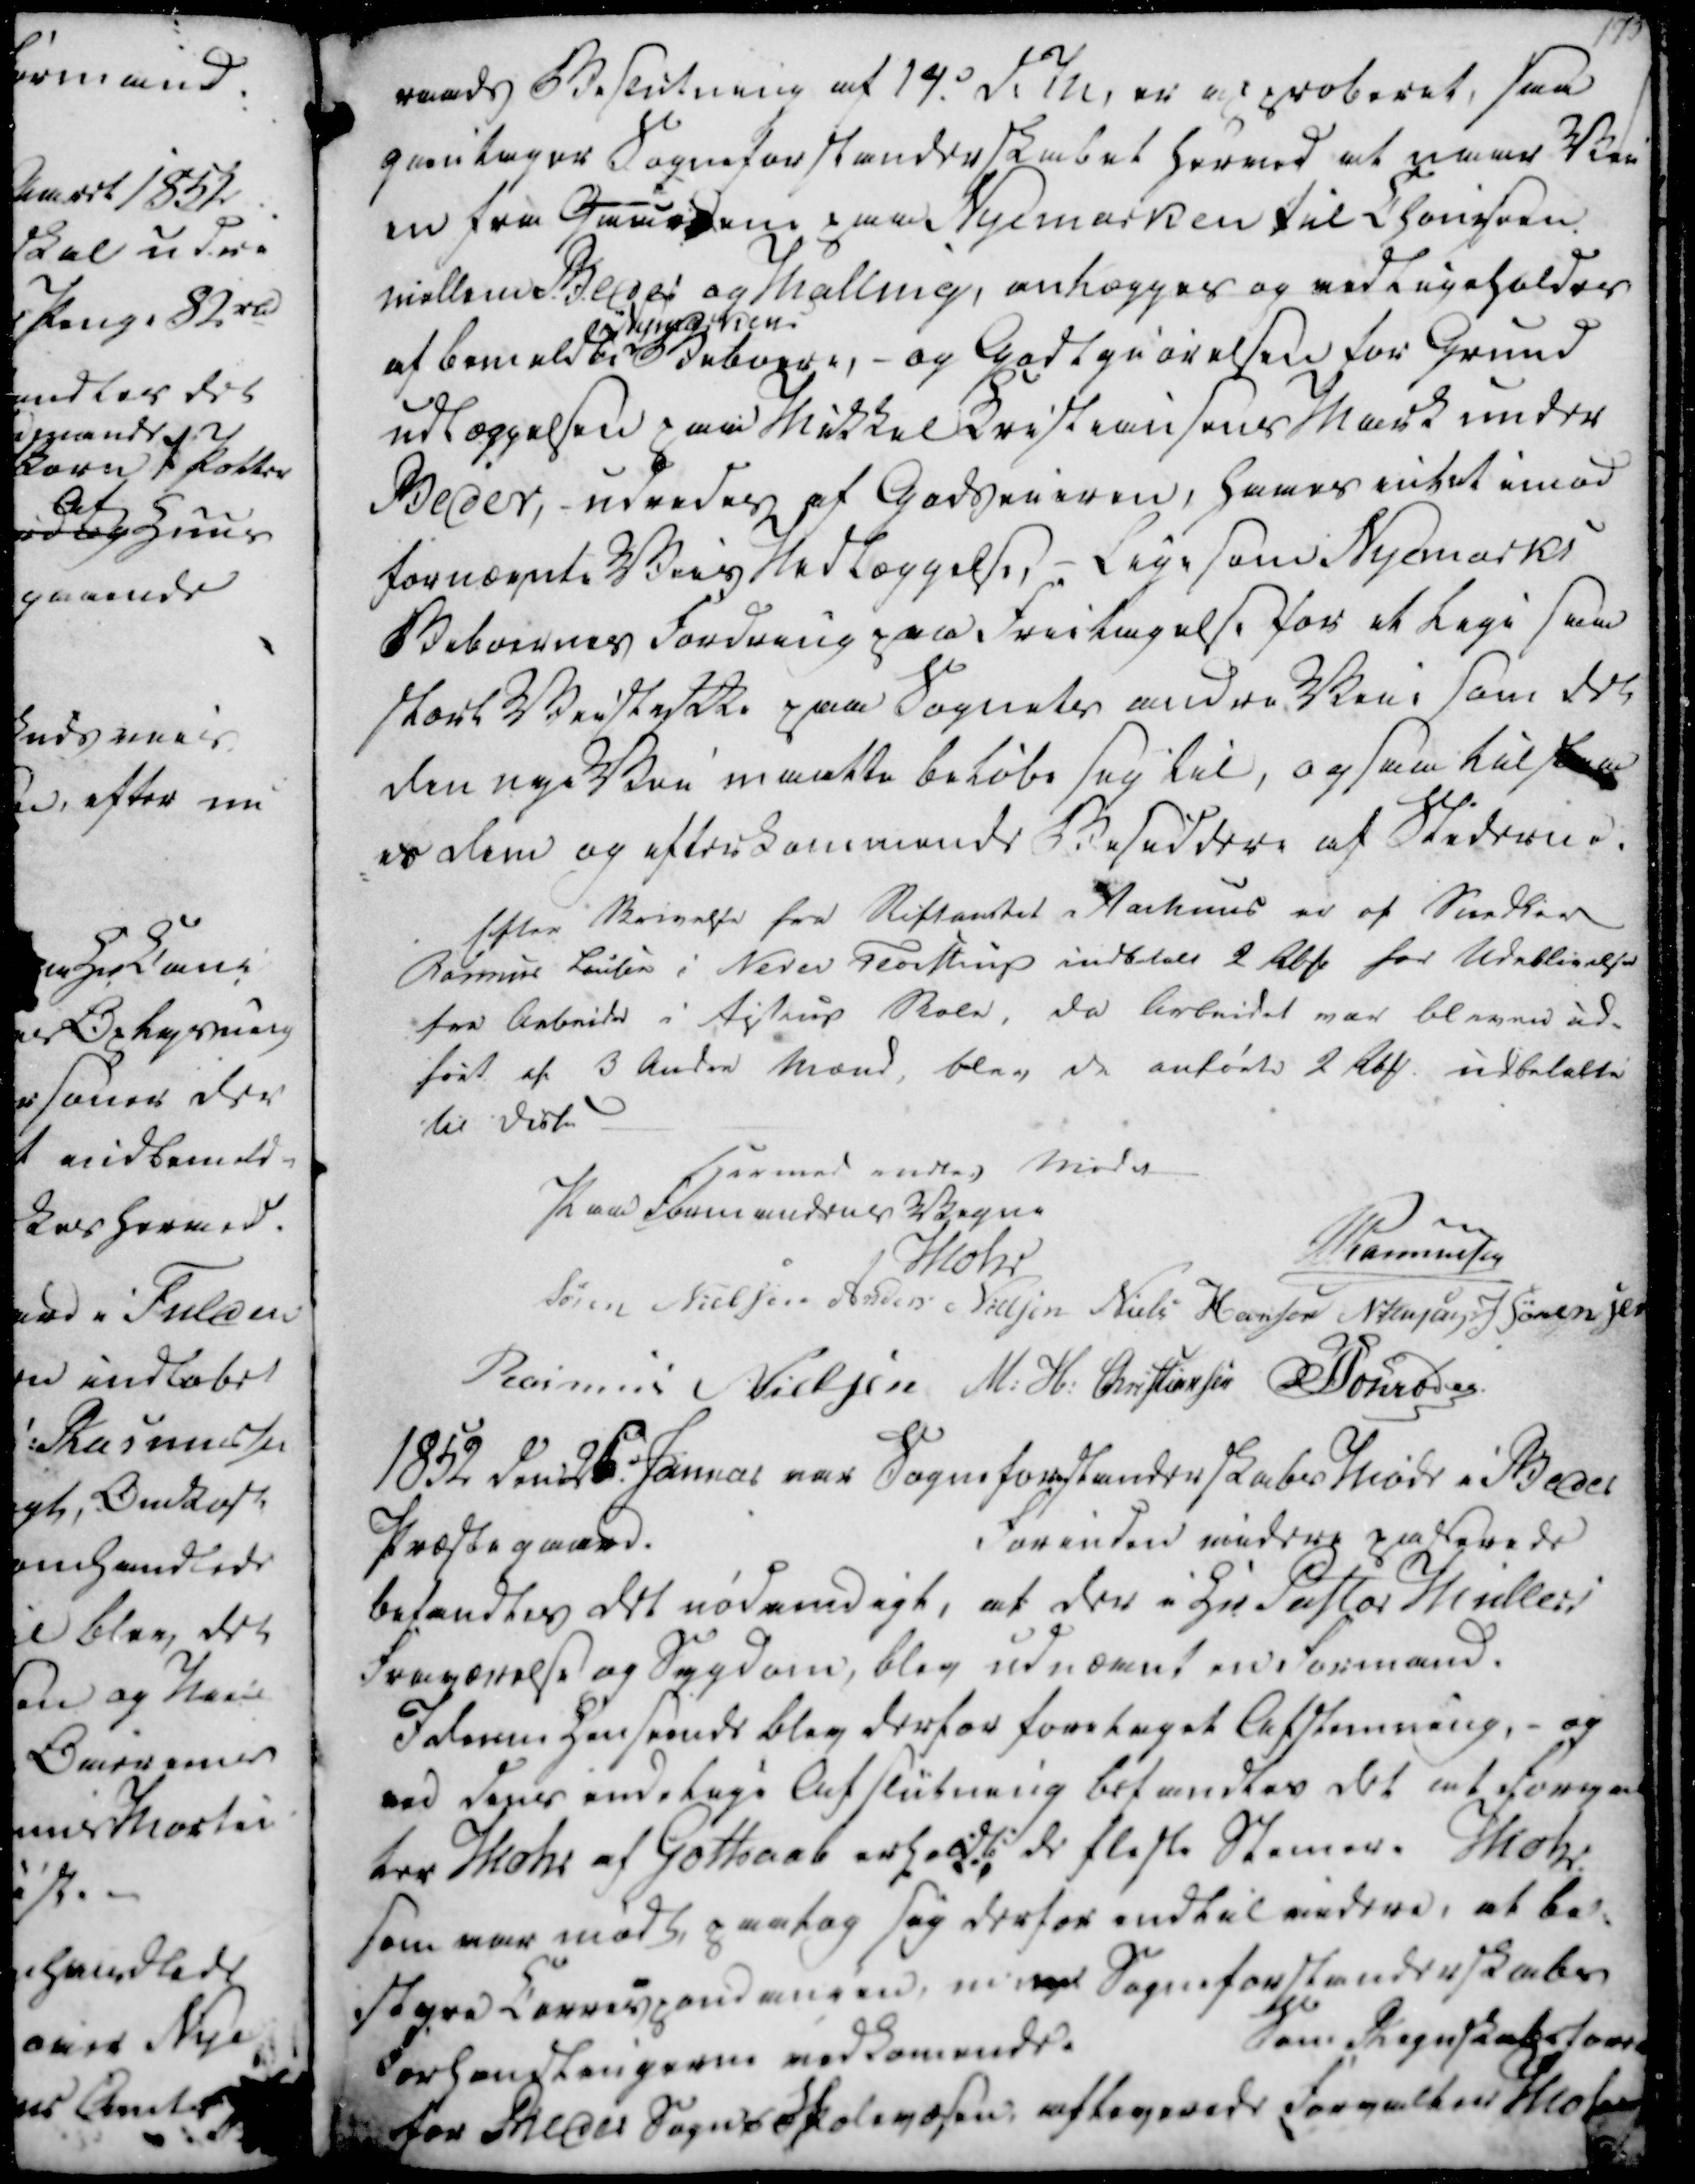
Transskription:
raads Beslutning af 14. d.M, er approberet, saa
qvitegne Sogneforstanderskabet herved at naar Vei
en fra Gaardene paa Nyemarken til Choniseen
mellem Beder og Malling, anlægges og vedligeholdes
af bemeldte
Nymarken
Beboere, - og Godtgiørelsen for Grund
udlæggelsen paa Mikkel Kristiansens Mark under
Beder, udredes af Godseieren, haves intet imod 
fornævnte Veis Nedlæggelse, - Ligesom Nyemarks
Beboernes Fordring paa Friitagelse for at lige som
stærk Veistykke paa Sognets andre Veie, som det
den nye Vei maatte beløbe sig til, og som tilstaa
es dem og efterkommende Besiddere af Stederne.

Efter Skrivelse fra Stiftamtet i Aarhuus er af Snedker
Rasmus Lausen i Neder Fløistrup indbetalt 2 Rbd for Udeblivelse
fra Arbeide i Ajstrup Skole, da Arbeidet var bleved ud-
ført af 3 Andre Mænd, blev de anførte 2 Rbd. udbetalte
til disse

Hermed indtog Mødet
Paa Formandens Vegne
Mohr
Rasmussen
Søren Nielsen
Anders Nielsen
Niels Hansen
N. Jensen
J. Sørensen
Rasmus Nielsen
M. H. Christiansen
Schroder

1852 den 26. Januar var Sogneforstanderskabs Møde i Beder
Præstegaard.
Forinden videre passerede
befandtes det nødvendigt, at der i Hr. Pastor Müllers
Fraværelse og Sygdom, blev udnævnt en Formand.
I denne henseende blev derfor foretaget Afstemning,- og
ved deres endelige Afslutning befandtes det at forval
ter Mohr af Gothaab erholdt de fleste Stemer. Mohr
som var mødt, paatog sig derfor endtil videre, at be-
styre Correspondancen, m  Sogneforstanderskabs
Forhandlingerne vedkomende.
Som Regnskabsfore
for Beder Sogns Skolevæsen, afleverede Forvalter Mohr